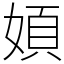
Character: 㛲